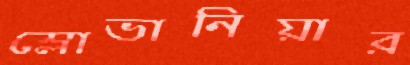
স্লোভানিয়ার